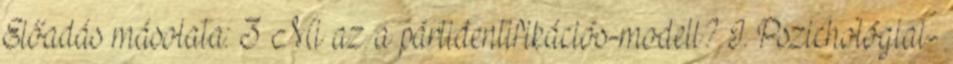
Előadás másolata: 3 Mi az a pártidentifikációs-modell? I. Pszichológiai-